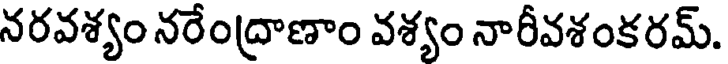
నరవశ్యం నరేంద్రాణాం వశ్యం నారీవశంకరమ్.